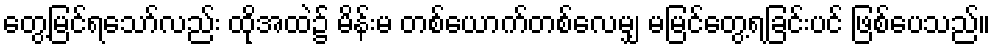
တွေ့မြင်ရသော်လည်း ထိုအထဲ၌ မိန်းမ တစ်ယောက်တစ်လေမျှ မမြင်တွေ့ရခြင်းပင် ဖြစ်ပေသည်။